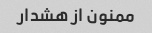
ممنون از هشدار